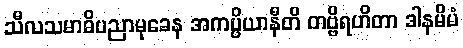
သီလသမာဓိပညာမုခေန အကပ္ပိယာနီတိ တဗ္ဗိရဟိတာ ဒါနမိမံ